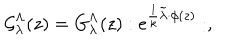
{ \cal G } _ { \lambda } ^ { \Lambda } ( z ) = { G } _ { \lambda } ^ { \Lambda } ( z ) : e ^ { { { \frac { 1 } { k } } \tilde { \lambda } \cdot \phi ( z ) } } : ,